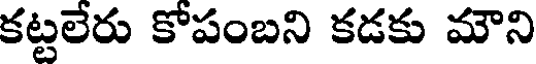
కట్టలేరు కోపంబని కడకు మౌని